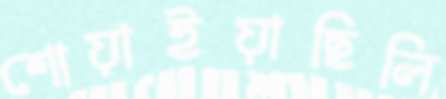
শোয়াইয়াছিলি